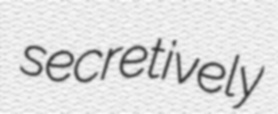
secretively